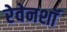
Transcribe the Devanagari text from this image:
रेवेनशॉ